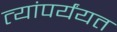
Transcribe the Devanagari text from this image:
त्यांपर्यंयत